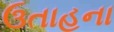
ઉતાહના